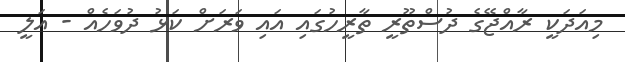
މިއަދަކީ ރާއްޖޭގެ ދުސްތޫރީ ތާރީހުގައި އައި ވަރަށް ކަޅު ދުވަހެއް - އަލީ